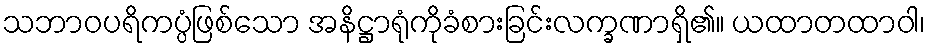
သဘာဝပရိကပ္ပံဖြစ်သော အနိဋ္ဌာရုံကိုခံစားခြင်းလက္ခဏာရှိ၏။ ယထာတထာဝါ၊